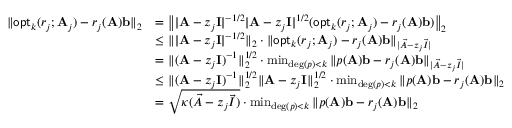
\begin{array} { r l } { \| \mathsf { o p t } _ { k } ( r _ { j } ; \mathbf { A } _ { j } ) - r _ { j } ( \mathbf { A } ) \mathbf { b } \| _ { 2 } } & { = \left\| | \mathbf { A } - z _ { j } \mathbf { I } | ^ { - 1 / 2 } | \mathbf { A } - z _ { j } \mathbf { I } | ^ { 1 / 2 } ( \mathsf { o p t } _ { k } ( r _ { j } ; \mathbf { A } _ { j } ) - r _ { j } ( \mathbf { A } ) \mathbf { b } ) \right\| _ { 2 } } \\ & { \leq \| | \mathbf { A } - z _ { j } \mathbf { I } | ^ { - 1 / 2 } \| _ { 2 } \cdot \| \mathsf { o p t } _ { k } ( r _ { j } ; \mathbf { A } _ { j } ) - r _ { j } ( \mathbf { A } ) \mathbf { b } \| _ { | \vec { A } - z _ { j } \vec { I } | } } \\ & { = \| ( \mathbf { A } - z _ { j } \mathbf { I } ) ^ { - 1 } \| _ { 2 } ^ { 1 / 2 } \cdot \operatorname* { m i n } _ { \mathrm { d e g } ( p ) < k } \| p ( \mathbf { A } ) \mathbf { b } - r _ { j } ( \mathbf { A } ) \mathbf { b } \| _ { | \vec { A } - z _ { j } \vec { I } | } } \\ & { \leq \| ( \mathbf { A } - z _ { j } \mathbf { I } ) ^ { - 1 } \| _ { 2 } ^ { 1 / 2 } \| \mathbf { A } - z _ { j } \mathbf { I } \| _ { 2 } ^ { 1 / 2 } \cdot \operatorname* { m i n } _ { \mathrm { d e g } ( p ) < k } \| p ( \mathbf { A } ) \mathbf { b } - r _ { j } ( \mathbf { A } ) \mathbf { b } \| _ { 2 } } \\ & { = \sqrt { \kappa ( \vec { A } - z _ { j } \vec { I } ) } \cdot \operatorname* { m i n } _ { \mathrm { d e g } ( p ) < k } \| p ( \mathbf { A } ) \mathbf { b } - r _ { j } ( \mathbf { A } ) \mathbf { b } \| _ { 2 } } \end{array}